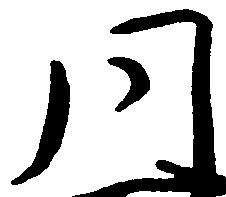
同